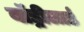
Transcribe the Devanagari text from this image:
बॉड्रीलार्ड